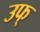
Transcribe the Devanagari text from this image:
उफ्‌